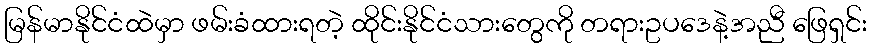
မြန်မာနိုင်ငံထဲမှာ ဖမ်းခံထားရတဲ့ ထိုင်းနိုင်ငံသားတွေကို တရားဥပဒေနဲ့အညီ ဖြေရှင်း